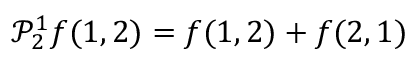
\begin{array} { r } { \mathcal P _ { 2 } ^ { 1 } f ( 1 , 2 ) = f ( 1 , 2 ) + f ( 2 , 1 ) } \end{array}